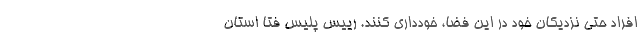
افراد حتی نزدیکان خود در این فضا، خودداری کنند. رییس پلیس فتا استان